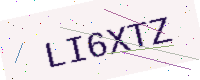
Text: LI6XTZ